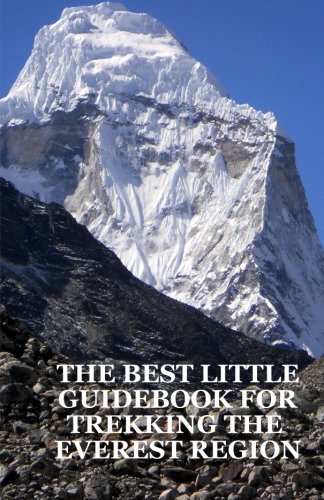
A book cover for The Best Little Guidebook for Trekking the Everest Region (Nepal Insider Editions); Alonzo L. Lyons; Travel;